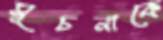
সূচনাকে